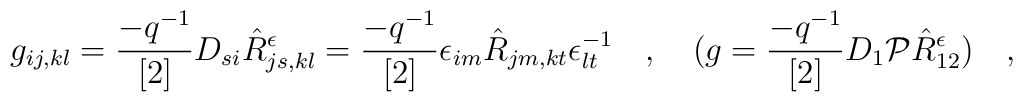
g_{ij,kl}=\frac{-q^{-1}}{\left[2\right]} D_{si} \hat{R}_{js,kl}^{\epsilon}= \frac{-q^{-1}}{\left[2\right]} \epsilon_{im}\hat{R}_{jm,kt} \epsilon^{-1}_{lt}\quad, \quad(g=\frac{-q^{-1}}{\left[2\right]}D_1 {\cal P} \hat{R}_{12}^{ \epsilon}) \quad,